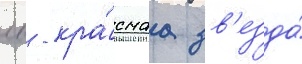
лв - кра́снаа зв'езда́